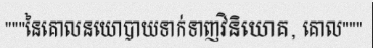
"""នៃគោលនយោបាយទាក់ទាញវិនិយោគ, គោល"""